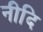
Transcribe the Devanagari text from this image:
नीदि